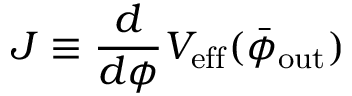
J \equiv \frac { d } { d \phi } V _ { \mathrm { e f f } } ( \bar { \phi } _ { \mathrm { o u t } } )